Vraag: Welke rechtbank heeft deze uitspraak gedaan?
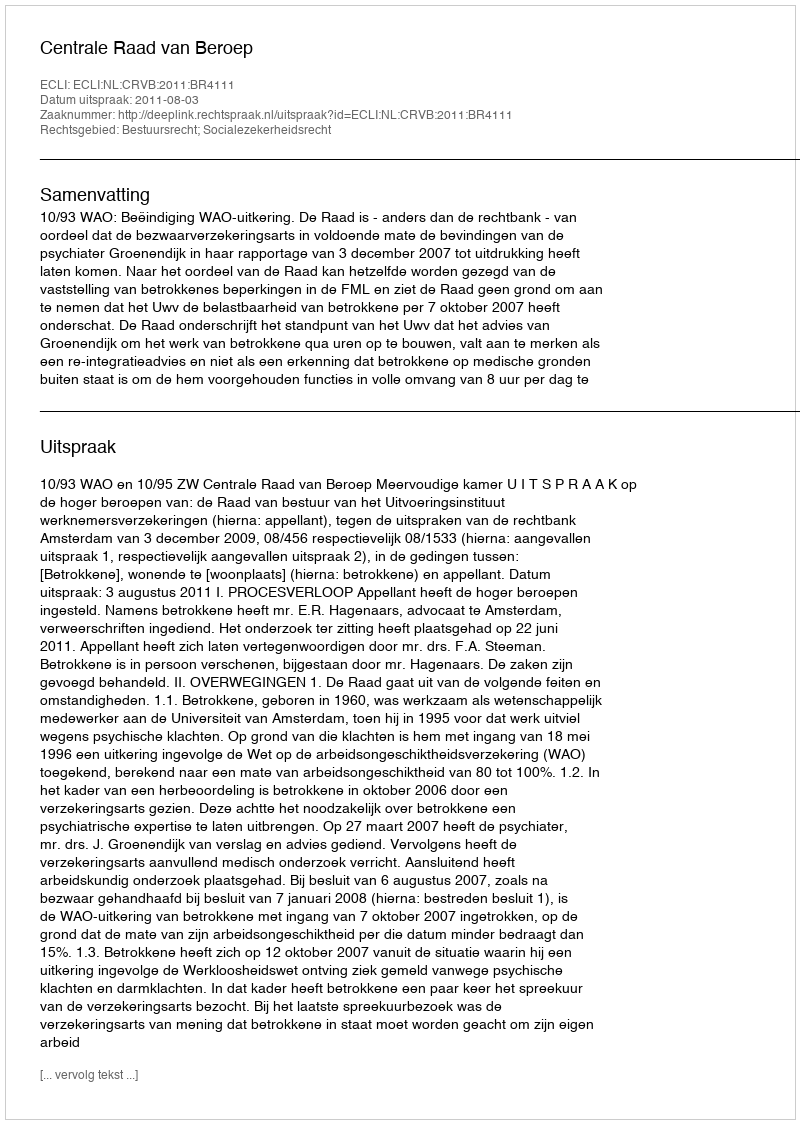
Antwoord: Centrale Raad van Beroep